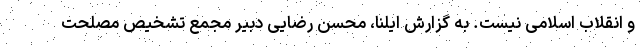
و انقلاب اسلامی نیست. به گزارش ایلنا، محسن رضایی دبیر مجمع تشخیص مصلحت